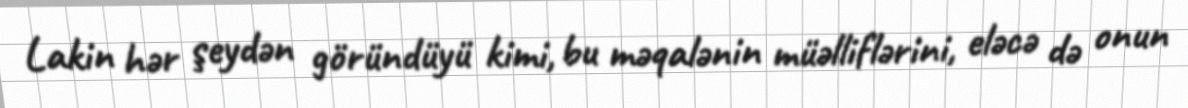
Lakin hər şeydən göründüyü kimi, bu məqalənin müəlliflərini, eləcə də onun